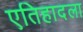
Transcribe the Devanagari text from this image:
एतिहादला